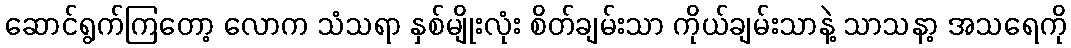
ဆောင်ရွက်ကြတော့ လောက သံသရာ နှစ်မျိုးလုံး စိတ်ချမ်းသာ ကိုယ်ချမ်းသာနဲ့ သာသနာ့ အသရေကို